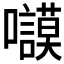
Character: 𱕬